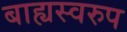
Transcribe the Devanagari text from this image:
बाह्यस्वरुप